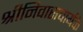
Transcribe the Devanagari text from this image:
श्रीनिवासचार्यके